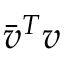
{ \bar { v } } ^ { T } v